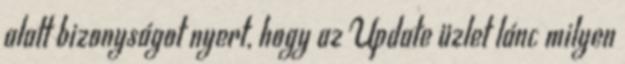
alatt bizonyságot nyert, hogy az Update üzlet lánc milyen